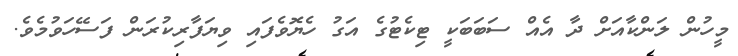
މީހުން ލަންކާއަށް ދާ އެއް ސަބަބަކީ ޓިކެޓުގެ އަގު ހެޔޮވެފައި ވިޔަފާރިކުރަން ފަސޭހަވުމެވެ.